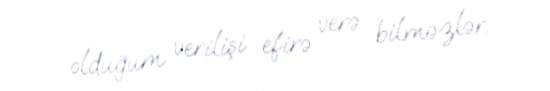
olduğum verilişi efirə verə bilməzlər.